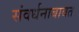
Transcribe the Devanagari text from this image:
संवर्धनाबाबत